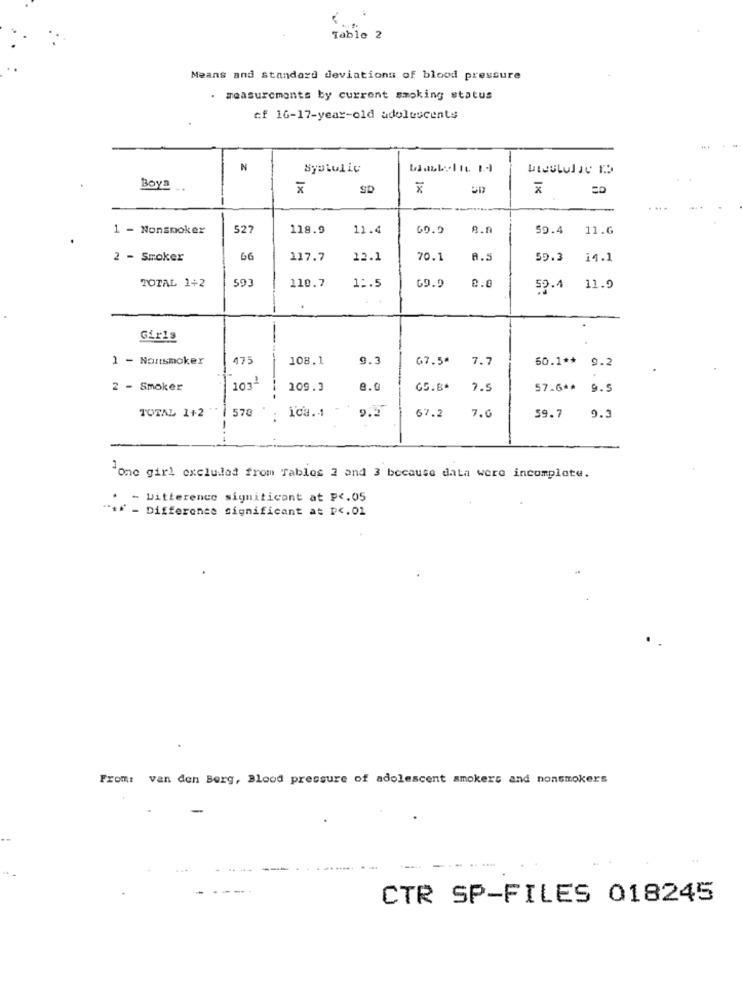
Table 2
Means and standard deviations of blood pressure
measurements by current smoking status
cf 16-17-year-old adolescents
N
Syatulic
Boya
1×
SD
1%
1 - Nonsmoker
527
118.9
11.4
59.4 11.6
2 - Smoker
66
117.7
12.1
70.1
A.5
59.3
14.1
TOTAL 1+2
110.7
593
1 :. 5
69.9
52.4 11.9
Girls
1 - Nonsmoker
475
108.1
9.3
67.5ª
7.7
50.1 **
9.2
2 - Smoker
1032
--
109.3
GS.84
7.5
57.6 **
9.5
TOTAL 1+2
570
67.2
..
ica ..:
7.G
59.7
9.3
"one girl excluded from Tablos 2 and 3 because data were incomplete.
- bitterence signiticont at P <. 05
** - Difference significant at Dc.01
From: van den Berg, Blood pressure of adolescent smokers and nonsmokers
CTR SP-FILES 018245